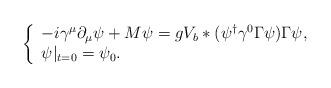
LaTeX: \begin{align*}\left\{\begin{array}{l}-i\gamma^\mu\partial_\mu\psi +M\psi = gV_b*(\psi^\dagger\gamma^0\Gamma\psi)\Gamma\psi, \\\psi|_{t=0} = \psi_0.\end{array}\right.\end{align*}